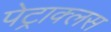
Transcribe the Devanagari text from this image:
पेट्राक्लस